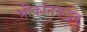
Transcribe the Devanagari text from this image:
श्रीकांतकडून